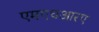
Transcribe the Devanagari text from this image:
एमएचआरए